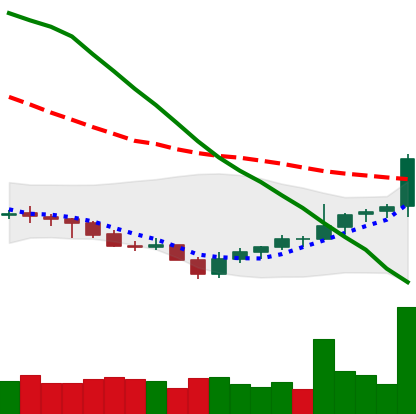
Ticker: NEO-USD
Chart end date: 2021-07-30
Forward return: 4.201%
Label: up_3_5